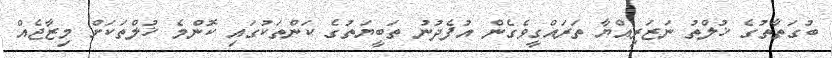
ބުގަތާތުގެ ޚުލްތު ނަޒަރިއްޔާ ތަރައްގީވެގެން އުފެދުނު ތަބީޔަތުގެ ކަންތަކުގައި ކޮންމެ ޚުލްތަކަށް މިޒާޖެއް